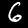
Label: 6